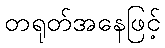
တရုတ်အနေဖြင့်